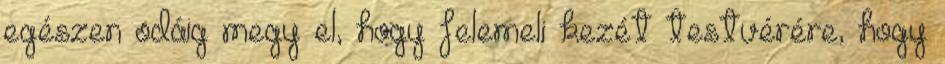
egészen odáig megy el, hogy felemeli kezét testvérére, hogy